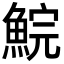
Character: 鯇